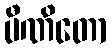
ပီဏိတော